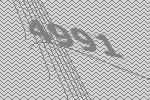
4991